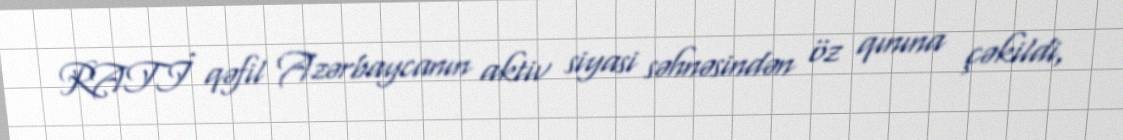
RATİ qəfil Azərbaycanın aktiv siyasi səhnəsindən öz qınına çəkildi,